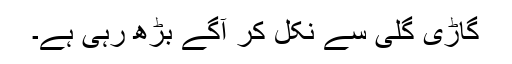
گاڑی گلی سے نکل کر آگے بڑھ رہی ہے۔